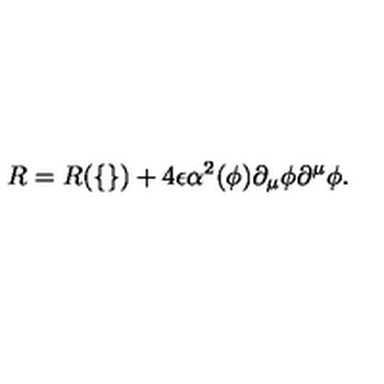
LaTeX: R = R ( \{ \} ) + 4 \epsilon \alpha ^ { 2 } ( \phi ) \partial _ { \mu } \phi \partial ^ { \mu } \phi .